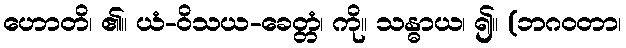
ဟောတိ၊ ၏။ ယံ-ဝိသယ-ခေတ္တံ၊ ကို။ သန္ဓာယ၊ ၍။ (ဘဂဝတာ၊